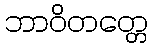
ဘာဝိတတ္တေ